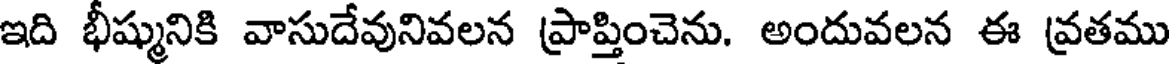
ఇది భీష్మునికి వాసుదేవునివలన ప్రాప్తించెను. అందువలన ఈ వ్రతము